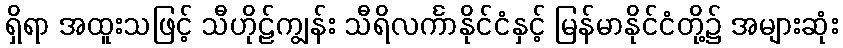
ရှိရာ အထူးသဖြင့် သီဟိုဠ်ကျွန်း သီရိလင်္ကာနိုင်ငံနှင့် မြန်မာနိုင်ငံတို့၌ အများဆုံး